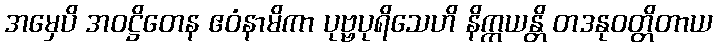
အမှေပိ အဝဋ္ဌိတေန ဧဝံနာမိကာ ပုဗ္ဗပုရိသေဟိ နိက္ကယန္တိ တဒနုဝတ္တိတာယ